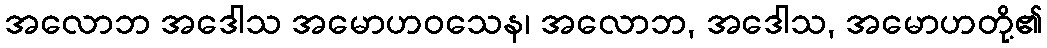
အလောဘ အဒေါသ အမောဟဝသေန၊ အလောဘ, အဒေါသ, အမောဟတို့၏